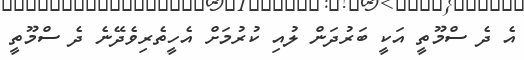
އެ ދެ ސްމޫތީ އަކީ ބަރުދަން ލުއި ކުރުމަށް އެހީތެރިވެދޭނެ ދެ ސްމޫތީ